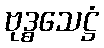
ဗုဒ္ဓသေဋ္ဌံ